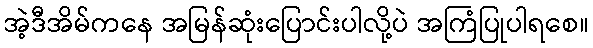
အဲ့ဒီအိမ်ကနေ အမြန်ဆုံးပြောင်းပါလို့ပဲ အကြံပြုပါရစေ။